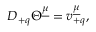
D _ { + q } \Theta ^ { \underline { { { \mu } } } } = v _ { + q } ^ { \underline { { { \mu } } } } ,